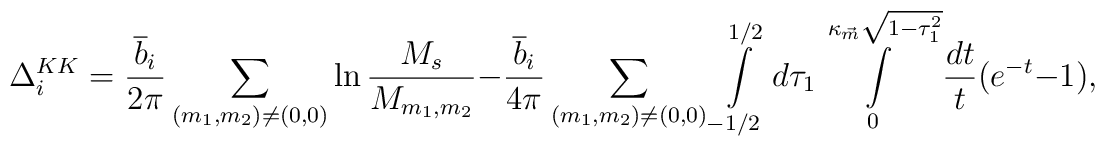
\Delta_{i}^{KK}=\frac{{\overline{b}_{i}}}{2\pi }\sum_{(m_{1},m_{2})\not=(0,0)}^{{}}\ln \frac{M_{s}}{M_{m_1,m_2}}-\frac{{\overline{b}_{i}}}{4\pi }\sum_{(m_{1},m_{2})\not=(0,0)}^{{}}\int\limits_{-1/2}^{1/2}d\tau_{1}\int\limits_{0}^{\kappa _{\vec{m}}\sqrt{1-\tau _{1}^{2}}}\frac{dt}{t}(e^{-t}-1),